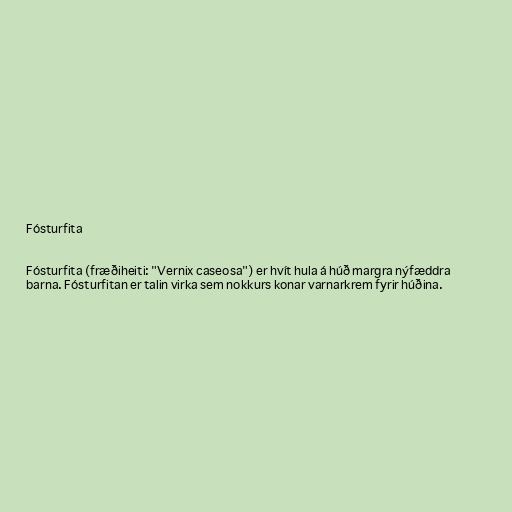
Fósturfita

Fósturfita (fræðiheiti: "Vernix caseosa") er hvít hula á húð margra nýfæddra
barna. Fósturfitan er talin virka sem nokkurs konar varnarkrem fyrir húðina.